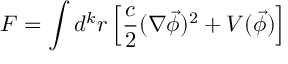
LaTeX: F = \int d ^ { k } r \left[ \frac c 2 ( \nabla \vec { \phi } ) ^ { 2 } + V ( \vec { \phi } ) \right]